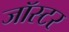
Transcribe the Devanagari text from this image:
जॉस्टर